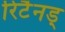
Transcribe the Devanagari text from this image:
रिटैनड्